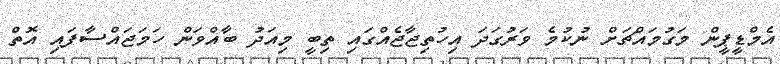
އެމްޑީޕީން މަގުމައްޗަށް ނުކުމެ ވަރުގަދަ އިހުތިޖާޖެއްގައި ތިބީ މިއަދު ބާއްވަން ހަމަޖައްސާފައި އޮތް